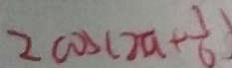
2 \cos ( 2 a + \frac { 1 } { 6 } )